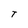
Character: T